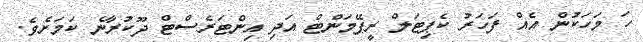
ހަ މަހަކުން އެއް ފަހަރު ކެޕިޓަލް ރީޕޭމަންޓް އަދި އިންޓަރެސްޓް ދޫކުރާނެ ކަމަށެވެ.